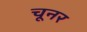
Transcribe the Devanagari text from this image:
चूनर